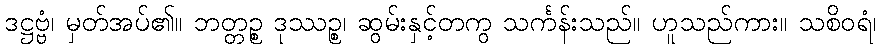
ဒဋ္ဌဗ္ဗံ၊ မှတ်အပ်၏။ ဘတ္တဉ္စ ဒုဿဉ္စ၊ ဆွမ်းနှင့်တကွ သင်္ကန်းသည်။ ဟူသည်ကား။ သစိဝရံ၊